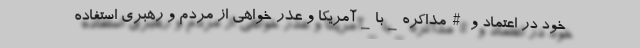
خود در اعتماد و #مذاکره_با_آمریکا و عذر خواهی از مردم و رهبری استفاده